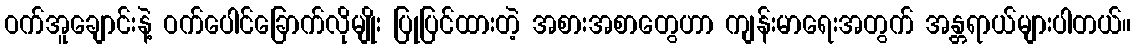
ဝက်အူချောင်းနဲ့ ဝက်ပေါင်ခြောက်လိုမျိုး ပြုပြင်ထားတဲ့ အစားအစာတွေဟာ ကျန်းမာရေးအတွက် အန္တရာယ်များပါတယ်။